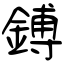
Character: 鎛